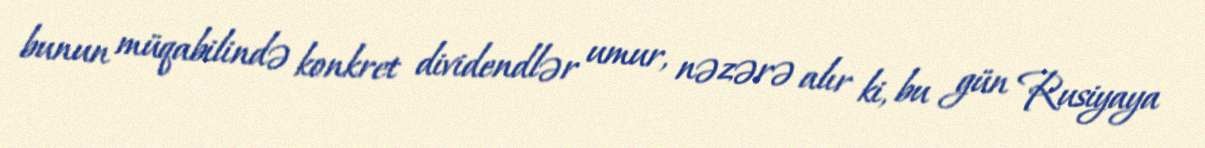
bunun müqabilində konkret dividendlər umur, nəzərə alır ki, bu gün Rusiyaya